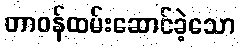
တာဝန်ထမ်းဆောင်ခဲ့သော